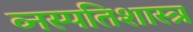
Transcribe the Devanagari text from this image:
व्नस्पतिशास्त्र